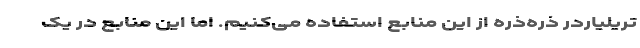
تریلیاردر ذره‌ذره از این منابع استفاده می‌کنیم. اما این منابع در یک